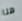
هنا